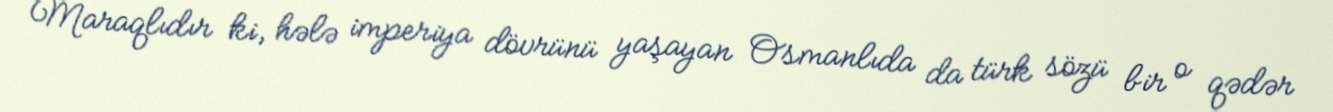
Maraqlıdır ki, hələ imperiya dövrünü yaşayan Osmanlıda da türk sözü bir o qədər